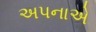
અપનાએ